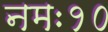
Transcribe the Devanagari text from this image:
नमः१०